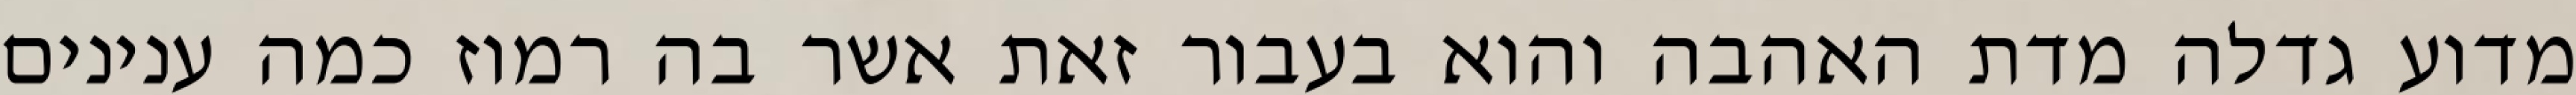
מדוע גדלה מדת האהבה והוא בעבור זאת אשר בה רמוז כמה ענינים